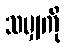
သမျှကို